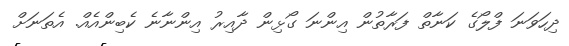
ދިހަވަނަ ފްލޯގެ ކަނާތް ފަރާތުން އިންނަ ގޯޅިން ދާއިރު އިންނާނެ ކެބިންއެއް. އެތަނަށް